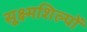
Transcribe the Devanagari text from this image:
सूक्ष्मशिल्पों